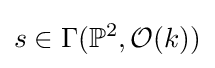
s\in \Gamma (\mathbb {P} ^{2},{\mathcal {O}}(k))